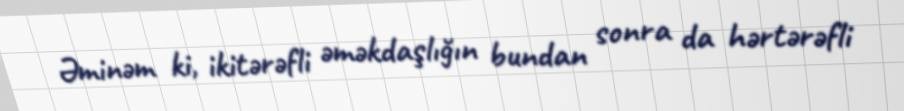
Əminəm ki, ikitərəfli əməkdaşlığın bundan sonra da hərtərəfli